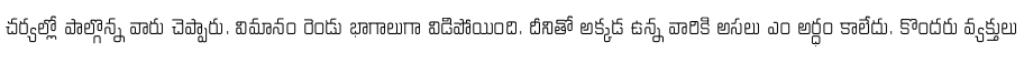
చర్యల్లో పాల్గొన్న వారు చెప్పారు. విమానం రెండు భాగాలుగా విడిపోయింది. దీనితో అక్కడ ఉన్న వారికి అసలు ఎం అర్ధం కాలేదు. కొందరు వ్యక్తులు